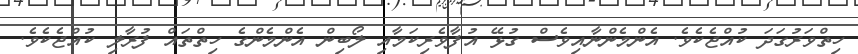
ހިތްވަރުގަދަ ކުއްޖެކެވެ. އެންމެންނާއިވެސް ގުޅޭ އުފާވެރިކަމާއި ލޯބިން އެންމެންގެ ހިތްތައް ފުރާލި ކުއްޖެކެވެ.